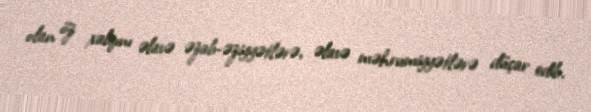
olan öz xalqını əlavə əzab-əziyyətlərə, əlavə məhrumiyyətlərə düçar edib.